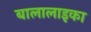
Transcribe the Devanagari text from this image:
बालालाइका